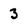
Character: 3